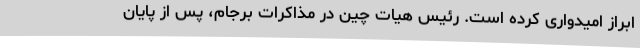
ابراز امیدواری کرده است. رئیس هیات چین در مذاکرات برجام، پس از پایان